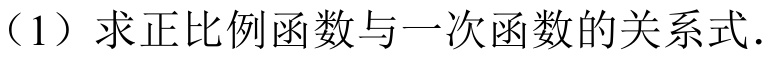
（1）求正比例函数与一次函数的关系式.